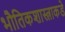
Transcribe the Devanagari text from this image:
भौतिकशास्त्राकडे